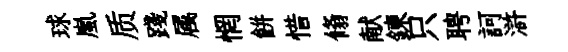
球嵐质踐属惘餅惜翛献鍊只聘訶滸